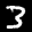
Label: 3